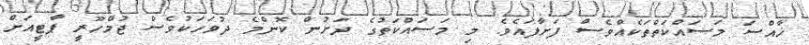
ޚާއްސަ މަސައްކަތްތަކެއްވެސް ފަށާފައެވެ. މި މަސައްކަތުގެ ދަށުން ކޮންމެ ދުވަހަކުވެސް ޖުމްހޫރީ ޕާޓީއަށް